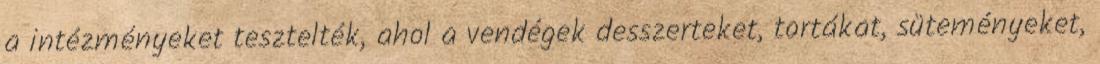
a intézményeket tesztelték, ahol a vendégek desszerteket, tortákat, süteményeket,